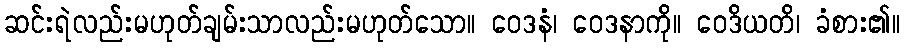
ဆင်းရဲလည်းမဟုတ်ချမ်းသာလည်းမဟုတ်သော။ ဝေဒနံ၊ ဝေဒနာကို။ ဝေဒိယတိ၊ ခံစား၏။